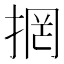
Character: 𭡐